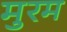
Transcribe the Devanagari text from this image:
मुरम